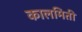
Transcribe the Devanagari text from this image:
कालमिती